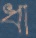
ধা